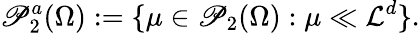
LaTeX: \mathscr{P}_{2}^{a}(\Omega):=\{ \mu\in\mathscr{P}_{2}(\Omega):\mu\ll\mathcal{L}^{d}\} .